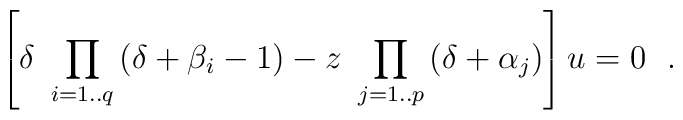
\left[ \delta~\prod_{i=1..q}{(\delta+\beta_i-1)}-z~\prod_{j=1..p}{(\delta+\alpha_j)} \right]u=0~~.